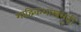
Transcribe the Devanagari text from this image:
शाद्विकशास्त्रमूढीं